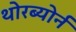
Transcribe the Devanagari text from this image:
थोरब्योर्न